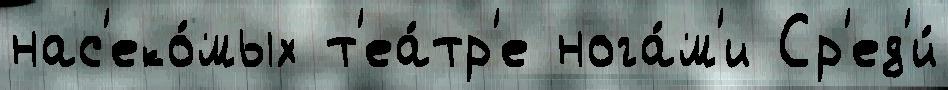
нас'еко́мых т'еа́тр'е нога́м'и Ср'ед'и́